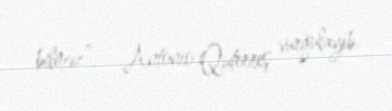
bilməz”, - Antonio Quterreş vurğulayıb.